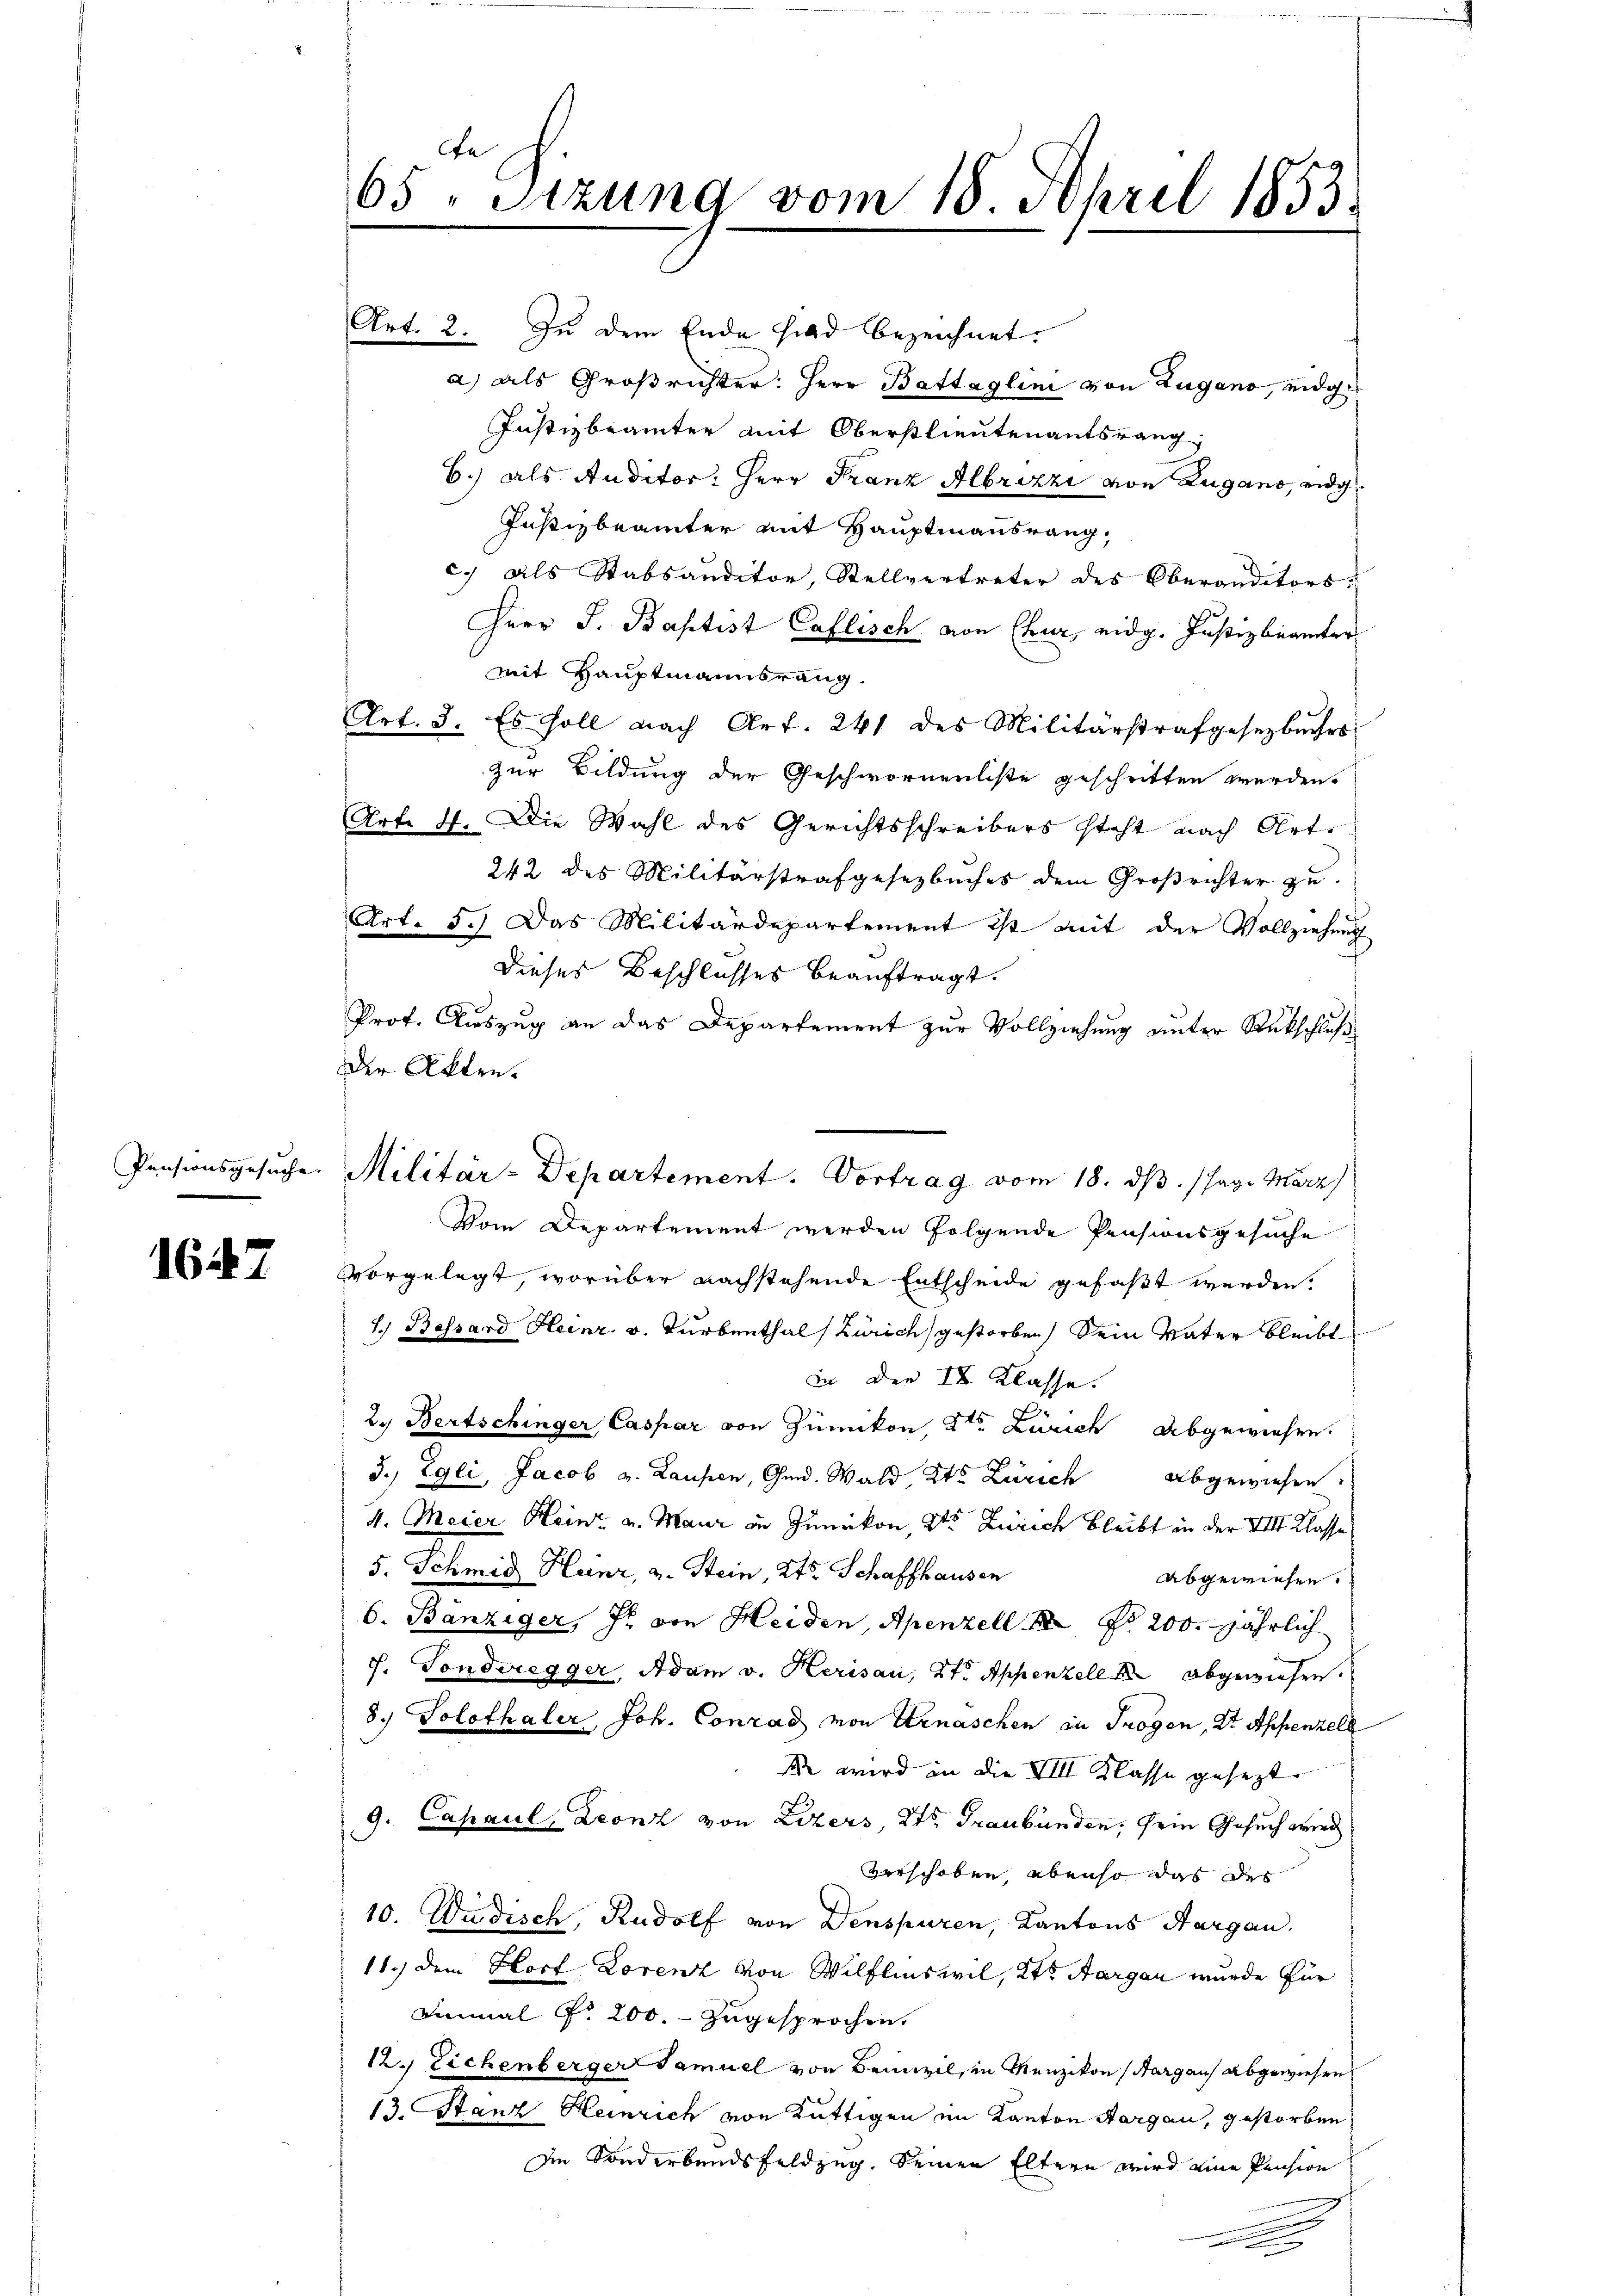
Pensionsgesuche.

1647

e
65. Sitzung vom 18. April 1853.

Militär-Departement. Vortrag vom 18. dβ. / Jag. März)

Art. 2. Zu dem Ende hied bezeichnet.
a) als Großrichter: Herr Battaglini von Zugano, eidge
Justizbeämter mit Oberstlieutenantsrang,
6.) als Auditor: Herr Franz Albrizzi von Zugano, eidg
Justizbeämter mit Hauptmannsrang,
c. als Stabsauditor, Stellvertreter des Oberandetors
Herr J. Baptist Caflisch von Chur, eidg. Justizbeamter
mit Hauptmannsrang
Art. 3.
Es soll nach Art. 241 des Militärstrafgesetzbuches
zur Bildung der Geschwornenliste geschritten werden.
Art. 4. Die Wahl des Gerichtsschreibers steht nach Art.
242 des Militärstrafgesetzbuches dem Großrichter zu
Art. 5.) Das Militärdepartement ist mit der Vollziehung
Dieses Beschlusses beauftragt.
Prof. Auszug an das Departement zur Vollziehung unter Rückschluß
Der Akten.
Vom Departement werden folgende Pensionsgesuche
vorgelegt, worüber nachstehende Entscheide gefaßt werden.
1.) Bessard Heinr. v. Turbenthal (Zürich gestorben sein Vater bleibt
in den II Klasse.
2. Bertschinger Caspar von Zumikon, 2ten Zürich abgewiesen.
3.) Egli, Jacob u. Laufen, Gmd. Wald Kt. Zürich abgewiesen.
4. Meier Heinz u. Maur in Zumikon, 2te Zürich bleibt in der VIII Klasse
5. Schmid Heinr, u. Stein, Kts. Schaffhausen
abgewiesen.
6. Bänziger, J. von Heiden, Apenzell No 200. jährlich
7. Sonderegger, Adam v. Herisau, 2te Appenzell abgewiesen.
8.) Solothaler, Joh. Conrad von Ernaschen in Trogen, 2t Appenzell
k wird in die VIII Klasse gesezt
9. Capaul Leonz von Lizers, Kts. Graubünden, sein Gesuch wied
verschoben, ebenso das des
10. Jüdisch, Rudolf von Denspuren, Kantons Aargau.
11.) Dem Hort Lorenz von Wilflinswil, Kt. Aargau wurde für
Sinmal No 200. zugesprochen.
12. Eichenberger Samuel von Bemiil, in Renzikon (Aargaus abgewiesen
13. Stanz Heinrich von Rüttigen im Kanton Aargau, gestorben
Im Sonderbandsfeldzug. Seinen Eltern wird eine Pension
.